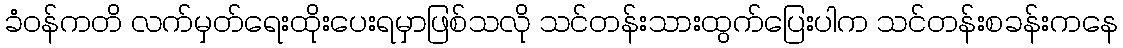
ခံဝန်ကတိ လက်မှတ်ရေးထိုးပေးရမှာဖြစ်သလို သင်တန်းသားထွက်ပြေးပါက သင်တန်းစခန်းကနေ